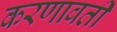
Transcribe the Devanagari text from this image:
करणावती